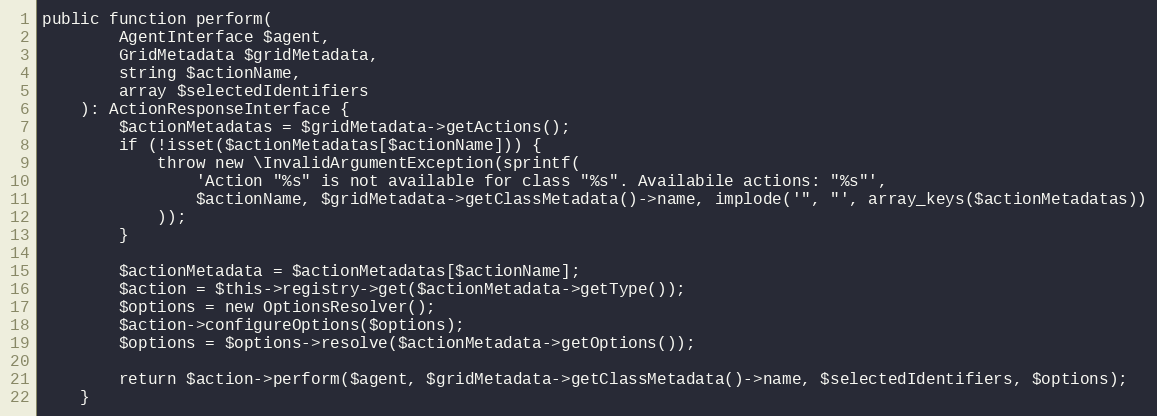
Language: PHP
public function perform(
        AgentInterface $agent,
        GridMetadata $gridMetadata,
        string $actionName,
        array $selectedIdentifiers
    ): ActionResponseInterface {
        $actionMetadatas = $gridMetadata->getActions();
        if (!isset($actionMetadatas[$actionName])) {
            throw new \InvalidArgumentException(sprintf(
                'Action "%s" is not available for class "%s". Availabile actions: "%s"',
                $actionName, $gridMetadata->getClassMetadata()->name, implode('", "', array_keys($actionMetadatas))
            ));
        }

        $actionMetadata = $actionMetadatas[$actionName];
        $action = $this->registry->get($actionMetadata->getType());
        $options = new OptionsResolver();
        $action->configureOptions($options);
        $options = $options->resolve($actionMetadata->getOptions());

        return $action->perform($agent, $gridMetadata->getClassMetadata()->name, $selectedIdentifiers, $options);
    }